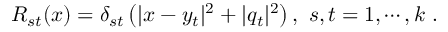
R _ { s t } ( x ) = \delta _ { s t } \left( | x - y _ { t } | ^ { 2 } + | q _ { t } | ^ { 2 } \right) , ~ s , t = 1 , \cdots , k ~ .